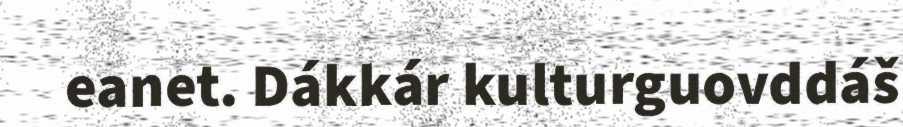
eanet. Dákkár kulturguovddáš